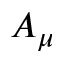
A _ { \mu }